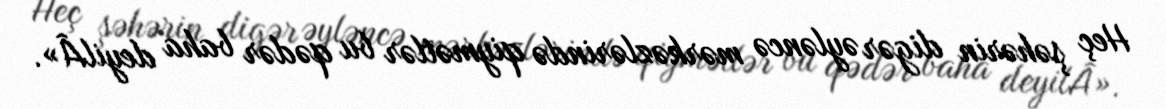
Heç şəhərin digər əyləncə mərkəzlərində qiymətlər bu qədər baha deyilÂ».